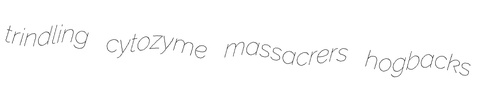
trindling cytozyme massacrers hogbacks